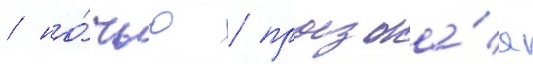
/ но́чью / проезжа́я